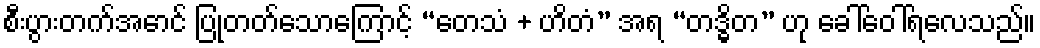
စီးပွားတက်အောင် ပြုတတ်သောကြောင့် “တေသံ + ဟိတံ” အရ “တဒ္ဓိတ” ဟု ခေါ်ဝေါ်ရလေသည်။